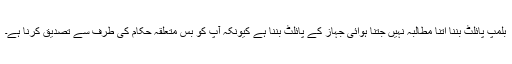
بلمپ پائلٹ بننا اتنا مطالبہ نہیں جتنا ہوائی جہاز کے پائلٹ بننا ہے کیونکہ آپ کو بس متعلقہ حکام کی طرف سے تصدیق کرنا ہے۔